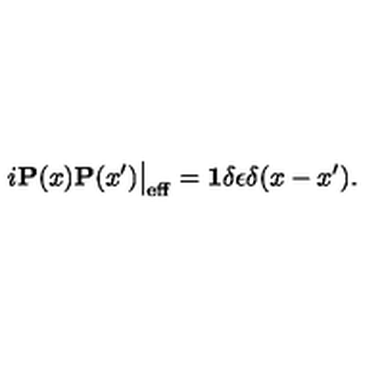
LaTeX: i { \bf P } ( x ) { \bf P } ( x ^ { \prime } ) \big | _ { \mathrm { e f f } } = { \bf 1 } \delta \epsilon \delta ( x - x ^ { \prime } ) .